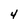
Character: 4